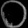
Digit: ၀